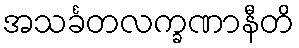
အသင်္ခတလက္ခဏာနီတိ